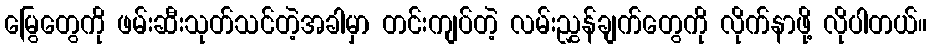
မြွေတွေကို ဖမ်းဆီးသုတ်သင်တဲ့အခါမှာ တင်းကျပ်တဲ့ လမ်းညွှန်ချက်တွေကို လိုက်နာဖို့ လိုပါတယ်။